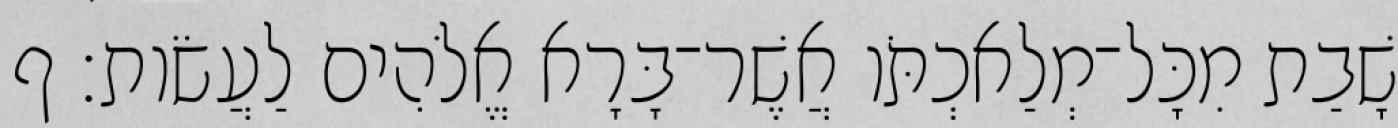
שָׁבַת מִכָּל־מְלַאכְתֹּו אֲשֶׁר־בָּרָא אֱלֹהִים לַעֲשֹׂות׃ ף